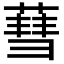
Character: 蔧